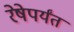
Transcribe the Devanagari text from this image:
रेषेपर्यंत